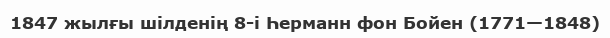
1847 жылғы шілденің 8-і Һерманн фон Бойен (1771—1848)